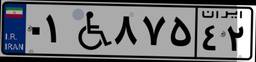
۰۱W۸۷۵۴۲